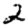
Digit: 2